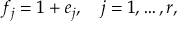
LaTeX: f _ { j } = 1 + e _ { j } , \quad j = 1 , \ldots , r ,